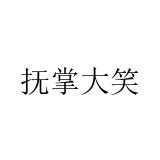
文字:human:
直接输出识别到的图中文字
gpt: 抚掌大笑